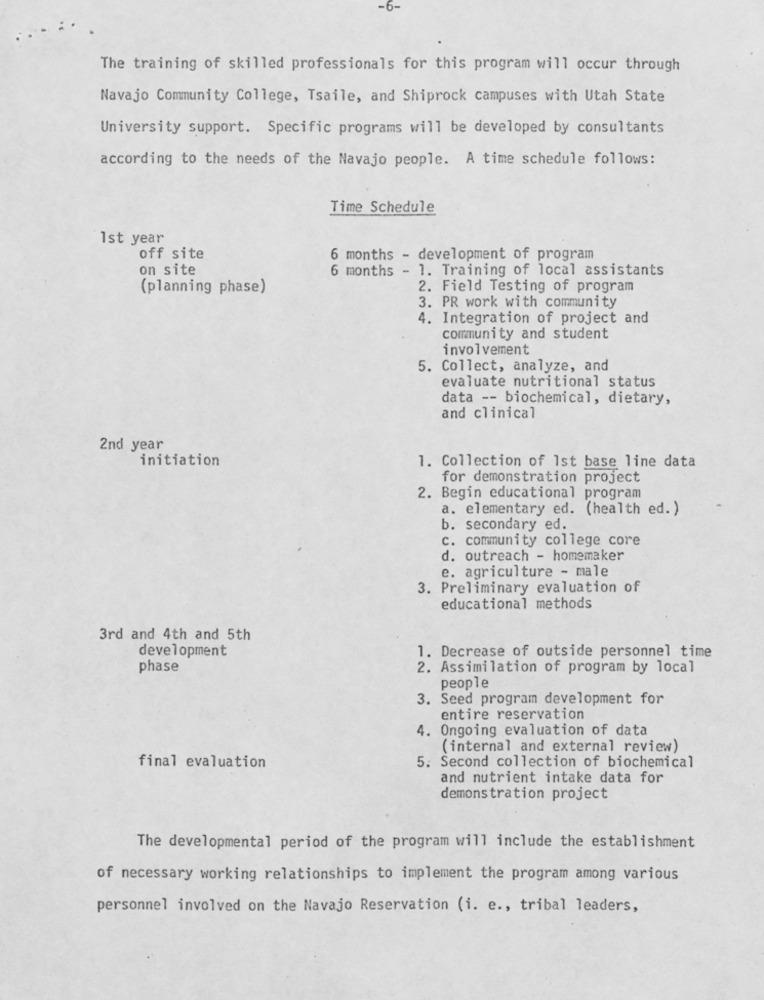
-6-
The training of skilled professionals for this program will occur through
Navajo Community College, Tsaile, and Shiprock campuses with Utah State
University support. Specific programs will be developed by consultants
according to the needs of the Navajo people. A time schedule follows:
Time Schedule
1st year
off site
6 months - development of program
on site
6 months - 1. Training of local assistants
(planning phase)
2. Field Testing of program
3. PR work with community
4. Integration of project and
community and student
involvement
5. Collect, analyze, and
evaluate nutritional status
data -- biochemical, dietary,
and clinical
2nd year
initiation
1. Collection of 1st base line data
for demonstration project
2. Begin educational program
a. elementary ed. (health ed. )
b. secondary ed.
c. community college core
d. outreach - homemaker
e. agriculture - male
3. Preliminary evaluation of
educational methods
3rd and 4th and 5th
development
1. Decrease of outside personnel time
phase
2. Assimilation of program by local
people
3. Seed program development for
entire reservation
4.
Ongoing evaluation of data
(internal and external review)
final evaluation
5. Second collection of biochemical
and nutrient intake data for
demonstration project
The developmental period of the program will include the establishment
of necessary working relationships to implement the program among various
personnel involved on the Navajo Reservation (i. e ., tribal leaders,